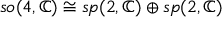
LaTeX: { \mathfrak { s o } } ( 4 , \mathbb { C } ) \cong { \mathfrak { s p } } ( 2 , \mathbb { C } ) \oplus { \mathfrak { s p } } ( 2 , \mathbb { C } )